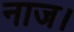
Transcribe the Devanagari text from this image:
नाज।